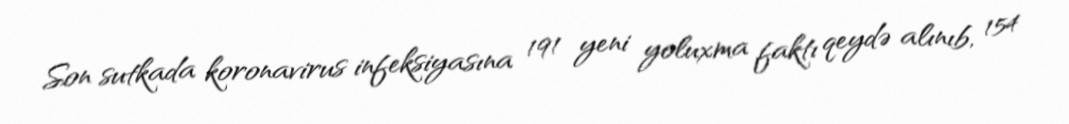
Son sutkada koronavirus infeksiyasına 191 yeni yoluxma faktı qeydə alınıb, 154